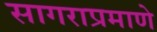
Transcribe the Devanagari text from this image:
सागराप्रमाणे